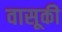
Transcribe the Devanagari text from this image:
वासूकी